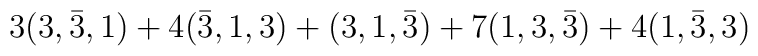
3(3, \bar{3}, 1) + 4(\bar{3}, 1, 3) + (3, 1, \bar{3})+ 7(1, 3, \bar{3}) + 4(1, \bar{3}, 3)